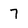
Character: 7